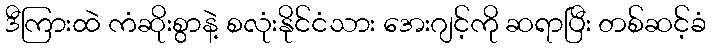
ဒီကြားထဲ ကံဆိုးစွာနဲ့ စလုံးနိုင်ငံသား အေးဂျင့်ကို ဆရာပြီး တစ်ဆင့်ခံ